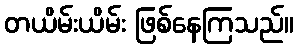
တယိမ်းယိမ်း ဖြစ်နေကြသည်။